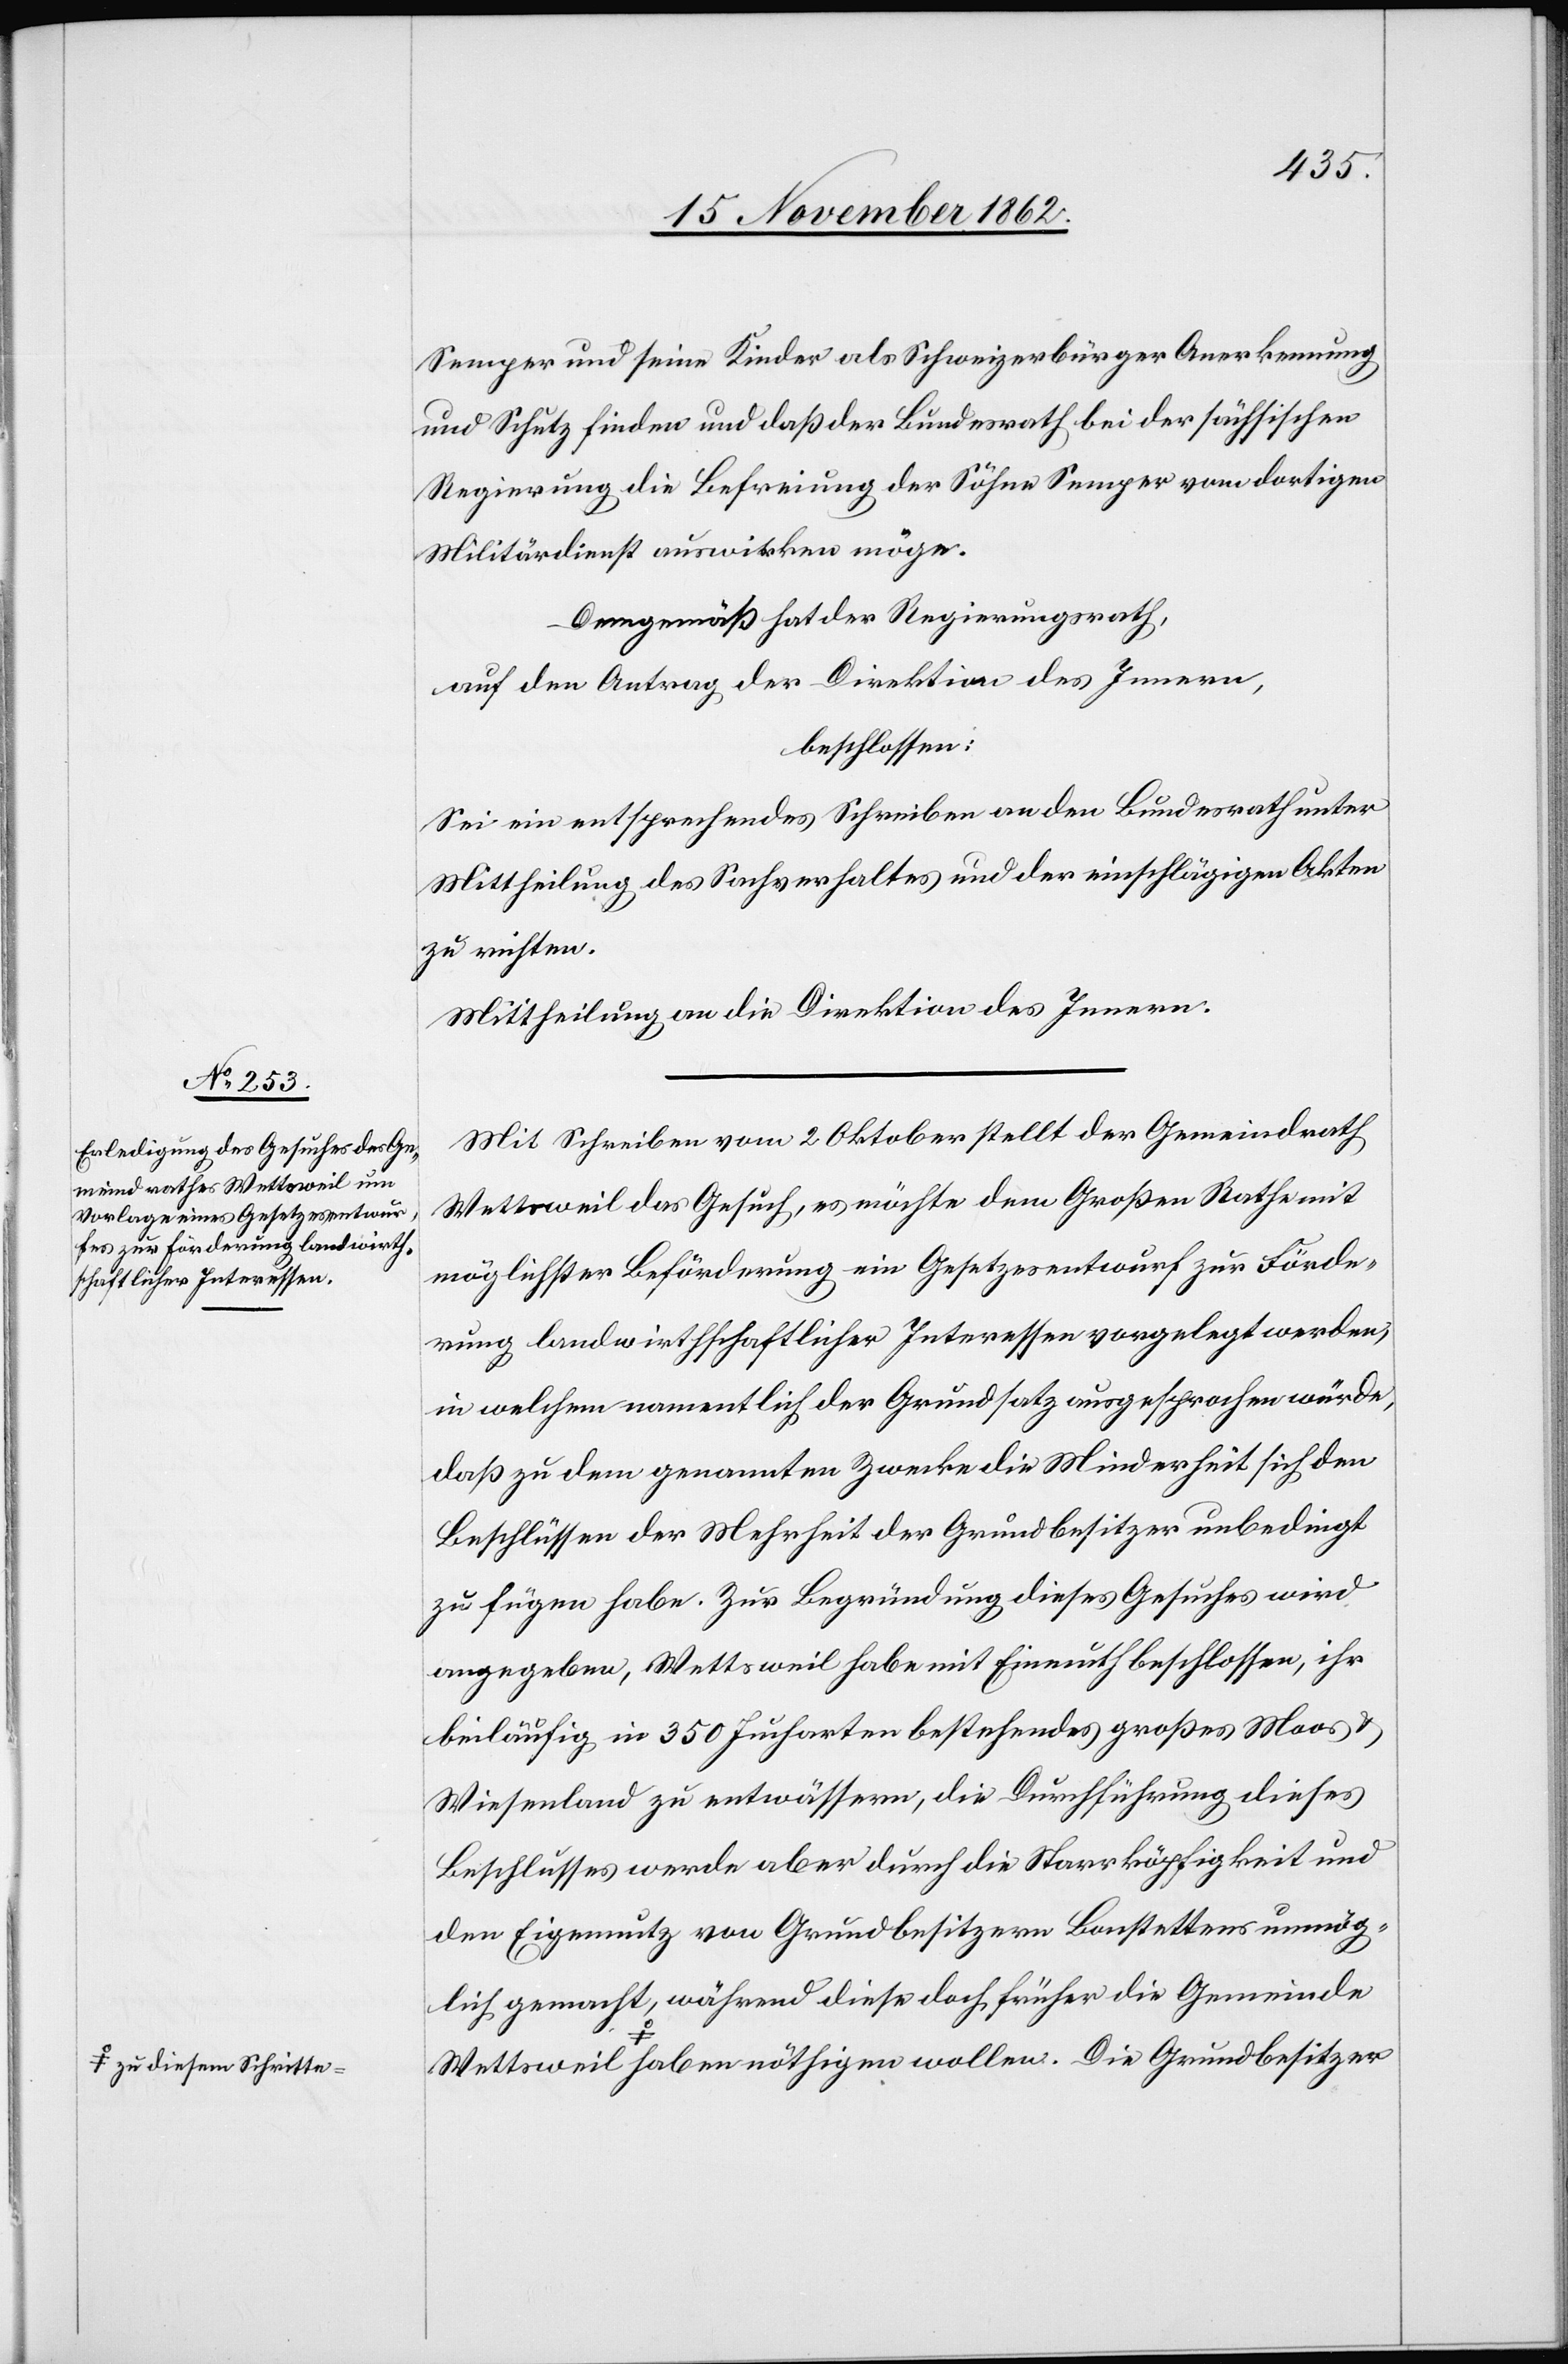
a-zu diesem Schritte-a

Semper und seine Kinder als Schweizerbürger Anerkennung
und Schutz finden und daß der Bundesrath bei der sächsischen
Regierung die Befreiung der Söhne Semper vom dortigen
Militärdienst auswirken möge.
Demgemäß hat der Regierungsrath,
auf den Antrag der Direktion des Innern,
beschlossen:
Sei ein entsprechendes Schreiben an den Bundesrath unter
Mittheilung des Sachverhaltes und der einschlägigen Akten
zu richten.
Mittheilung an die Direktion des Innern.
Mit Schreiben vom 2. Oktober stellt der Gemeindrath
Wettsweil das Gesuch, es möchte dem Großen Rathe mit
möglichster Beförderung ein Gesetzesentwurf zur Förde¬
rung landwirthschaftlicher Interessen vorgelegt werden,
in welchem namentlich der Grundsatz ausgesprochen würde,
daß zu dem genannten Zwecke die Minderheit sich den
Beschlüssen der Mehrheit der Grundbesitzer unbedingt
zu fügen habe. Zur Begründung dieses Gesuches wird
angegeben, Wettsweil habe mit Einmuth beschlossen, ihr
beiläufig in 350 Jucharten bestehendes großes Moos u.
Wiesenland zu entwässern, die Durchführung dieses
Beschlusses werde aber durch die Starrköpfigkeit und
den Eigennutz von Grundbesitzern Bonstettens unmög¬
lich gemacht, während diese doch früher die Gemeinde